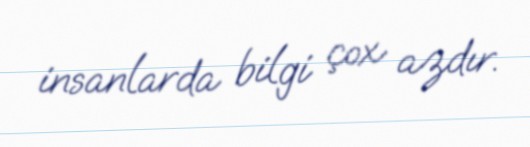
insanlarda bilgi çox azdır.